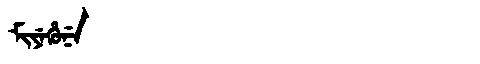
Manchu: ᠮᡳᠶᡝᡥᡠᠨᡝ
Romanization: MIYEHUNE